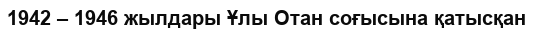
1942 – 1946 жылдары Ұлы Отан соғысына қатысқан